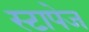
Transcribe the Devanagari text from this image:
स्टापेज